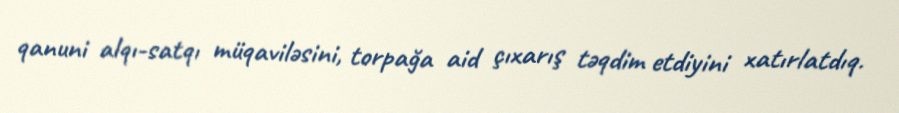
qanuni alqı-satqı müqaviləsini, torpağa aid çıxarış təqdim etdiyini xatırlatdıq.